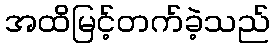
အထိမြင့်တက်ခဲ့သည်